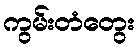
ကွမ်းတံတွေး